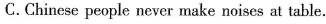
C.Chinese people never make noises at table.